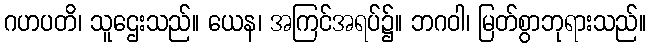
ဂဟပတိ၊ သူဌေးသည်။ ယေန၊ အကြင်အရပ်၌။ ဘဂဝါ၊ မြတ်စွာဘုရားသည်။